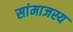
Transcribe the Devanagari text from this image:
सांमाजस्य